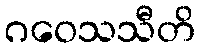
ဂဝေသသီတိ